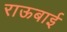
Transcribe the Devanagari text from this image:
राऊबाई